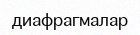
диафрагмалар